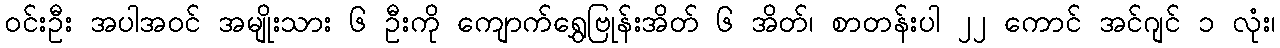
ဝင်းဦး အပါအဝင် အမျိုးသား ၆ ဦးကို ကျောက်ရွှေဗြုန်းအိတ် ၆ အိတ်၊ စာတန်းပါ ၂၂ ကောင် အင်ဂျင် ၁ လုံး၊